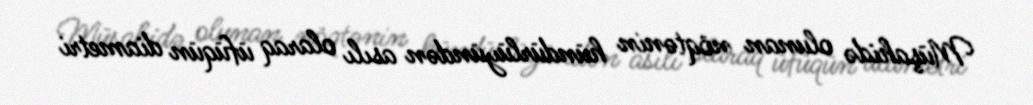
Müşahidə olunan nöqtənin hündürlüyündən asılı olaraq üfüqün diametri